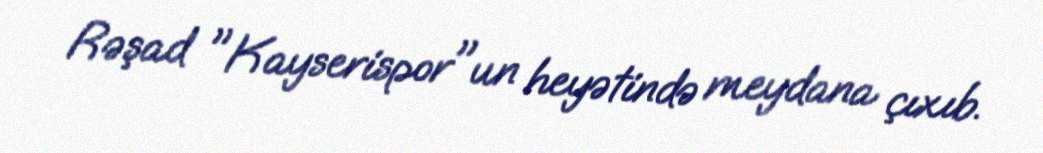
Rəşad "Kayserispor"un heyətində meydana çıxıb.